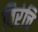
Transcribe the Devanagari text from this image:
बिरंचि